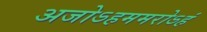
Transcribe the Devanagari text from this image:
अजोऽहममरोऽहं